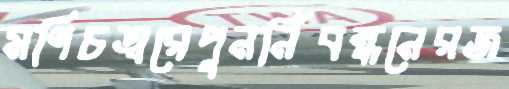
মণিচত্বরেপুনর্নিবন্ধনেরজ